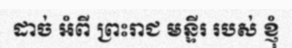
ដាច់ អំពី ព្រះរាជ មន្ទីរ របស់ ខ្ញុំ